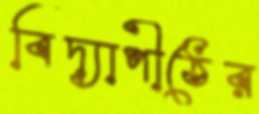
বিদ্যাপীঠের